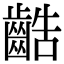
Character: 䶜